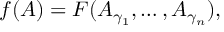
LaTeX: f ( A ) = F ( A _ { \gamma _ { 1 } } , \dots , A _ { \gamma _ { n } } ) ,